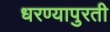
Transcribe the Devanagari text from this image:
धरण्यापुरती